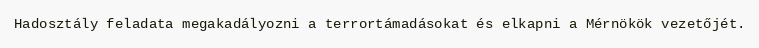
Hadosztály feladata megakadályozni a terrortámadásokat és elkapni a Mérnökök vezetőjét.